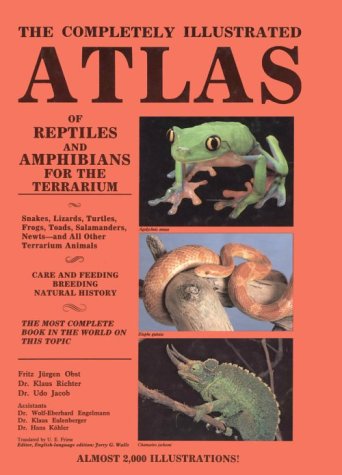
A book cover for The Completely Illustrated Atlas of Reptiles and Amphibians for the Terrarium; T F H Publications; Crafts, Hobbies & Home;